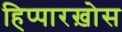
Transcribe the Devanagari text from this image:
हिप्पारख़ोस